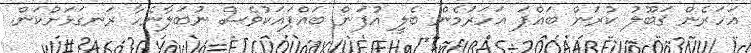
އަހަރެން ޤަބޫލު ކުރަން ބައްޕަ އަހަރުމެން ބެލީ އުފަން ބައްޕައަކުވެސް ނުބަލާނެހާ ރަނގަޅަށްކަން.